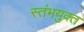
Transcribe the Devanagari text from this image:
स्तंभयुक्त